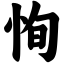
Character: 恂